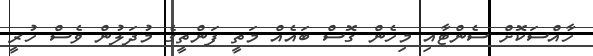
ހާއްސަކޮށް ސެންޓާއި މިހެން ގޮސް ބައެއް މަތީ ފަންތީގެ މުދަލުން ވެސް ހުރީ